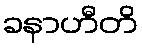
ခနာဟီတိ